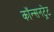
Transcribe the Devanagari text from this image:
कॉन्सनट्रेट